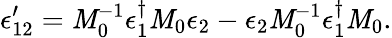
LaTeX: \epsilon_{12}^{\prime}=\mathit{M}_{0}^{-1}\epsilon_{1}^{\dagger}\mathit{M}_{0}\epsilon_{2}-\epsilon_{2}\mathit{M}_{0}^{-1}\epsilon_{1}^{\dagger}\mathit{M}_{0}.